Annual report of the Imperial Bacteriological Laboratory, Muktesar
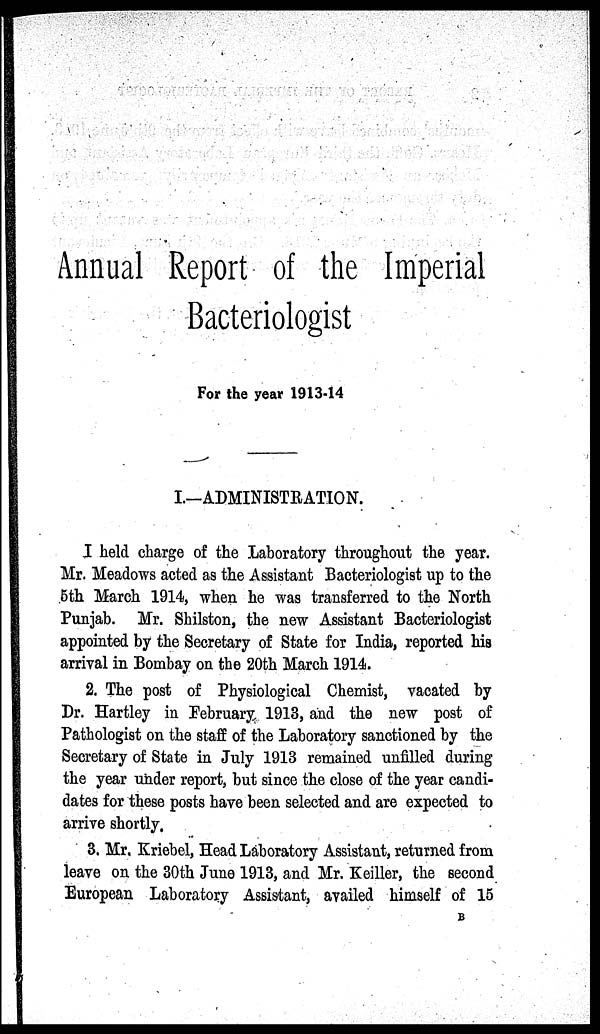
Annual Report of the Imperial
Bacteriologist
For the year 1913-14
I.-ADMINISTRATION
I held charge of the Laboratory throughout the year.
Mr. Meadows acted as the Assistant Bacteriologist up to the
5th March 1914, when he was transferred to the North
Punjab. Mr. Shilston, the new Assistant Bacteriologist
appointed by the Secretary of State for India, reported his
arrival in Bombay on the 20th March 1914.
2. The post of Physiological Chemist, vacated by
Dr. Hartley in February 1913, and the new post of
Pathologist on the staff of the Laboratory sanctioned by the
Secretary of State in July 1913 remained unfilled during
the year under report, but since the close of the year candi-
dates for these posts have been selected and are expected to
arrive shortly.
3. Mr. Kriebel, Head Laboratory Assistant, returned from
leave on the 30th June 1913, and Mr. Keiller, the second
European Laboratory Assistant, availed himself of 15
B